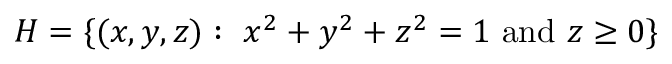
H = \{ ( x , y , z ) : \ x ^ { 2 } + y ^ { 2 } + z ^ { 2 } = 1 { \mathrm { ~ a n d ~ } } z \geq 0 \}